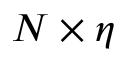
N \times \eta